Statistical return of the lunatic asylum in Assam - 1912-1932
Year: 1912
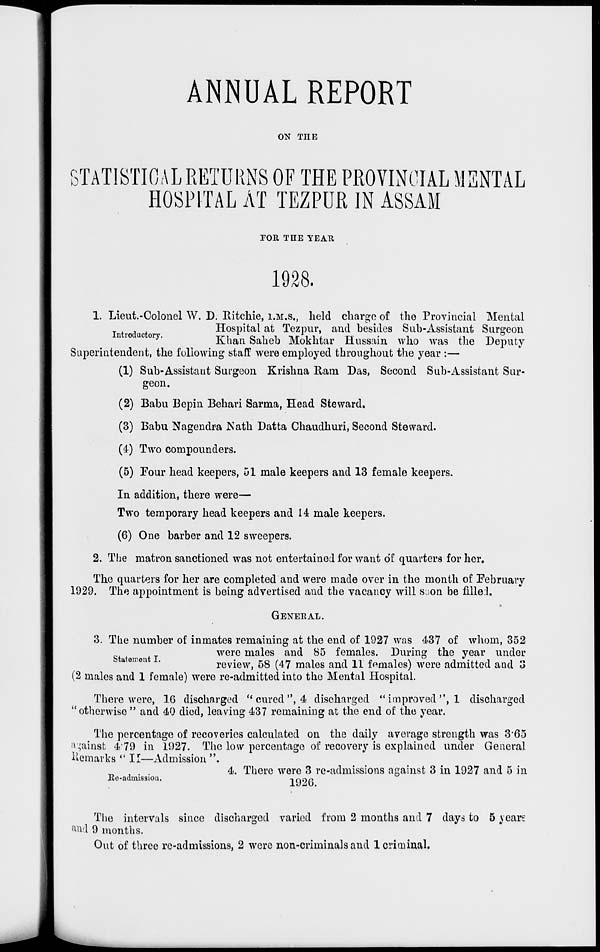
ANNUAL REPORT
ON THE
0 TATISTIOAL RETURNS OF THE PROVINCIAL MENTAL
HOSPITAL AT TEZPUR IN ASSAM
TOR THE YE ATI
1928.
1. Lieut.-Colonel W. D. Ritchie, I.M.S., held charge of the Provincial Mental
Hospital at Tezpur, and besides Sub-Assistant Surgeon
n io ac ory.
Khan Saheb Mokhtar Hussain who was the Deputy
Superintendent, the following staff were employed throughout the year :—
(1) Sub-Assistant Surgeon Krishna Ram Das, Second Sub-Assistant Sur-
geon.
(2) Babu Bepin Behari Sarma, Head Steward,
(3) Babu Nagendra Nath Datta Chaudhuri, Second Steward.
(4) Two compounders.
(5) Four head keepers, 51 male keepers and 13 female keepers.
In addition, there were—
Two temporary head keepers and 14 male keepers.
(6) One barber and 12 sweepers.
2. The matron sanctioned was not entertained for want 61 quarters for her.
The quarters for her are completed and were made over in the month of February
1929. The appointment is being advertised and the vacancy will soon be filled.
GENERAL.
3. The number of inmates remaining at the end of 1927 was 437 of whom, 352
were males and 85 females. During the year under
review, 58 (47 males and 11 females) were admitted and 3
(2 males and 1 female) were re-admitted into the Mental Hospital.
There were, 16 discharged "cured", 4 discharged "improved", 1 discharged
" otherwise " and 40 died, leaving 437 remaining at the end of the year.
The percentage of recoveries calculated on the daily average strength was 365
against 479 in 1927. The low percentago of recovery is explained under General
Remarks " II—Admission ".
_ ■ , . .
4. There were 3 re-admissions against 3 in 1927 and 5 in
Re-admissioa.
1Q9P
The intervals since discharged varied from 2 months and 7 days to 5 years
and 9 months.
Out of three re-admissions, 2 were non-criminals and 1 criminal.